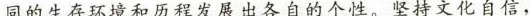
同的生存环境和历程发展出题自的个性。坚持文化自信